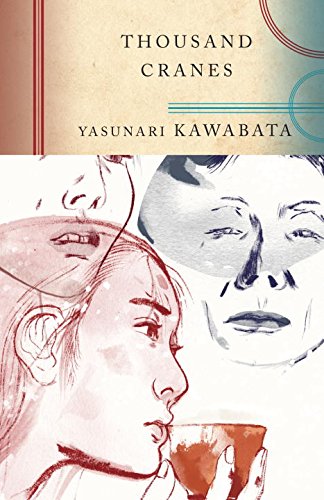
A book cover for Thousand Cranes; Yasunari Kawabata; Literature & Fiction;